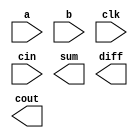
`timescale 1ns / 1ps
//////////////////////////////////////////////////////////////////////////////////
// Company: 
// Engineer: 
// 
// Design Name: 
// Module Name:    adder 
// Project Name: 
// Target Devices: 
// Tool versions: 
// Description: 
//
// Dependencies: 
//
// Revision: 
// Revision 0.01 - File Created
// Additional Comments: 
//
//////////////////////////////////////////////////////////////////////////////////
module adder(
input [7:0] a,
input [7:0] b,
input clk,
input cin,
output reg [7:0] sum,
output reg [7:0] diff,
output reg cout

);
/*
YOUR CODE HERE
*/
endmodule